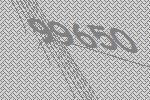
99650